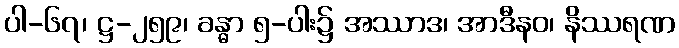
ပါ-၆၇၊ ဋ္ဌ-၂၅၉၊ ခန္ဓာ ၅-ပါး၌ အဿာဒ၊ အာဒီနဝ၊ နိဿရဏ